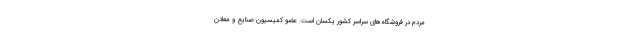
مردم در فروشگاه‌های سراسر کشور یکسان است. عضو کمیسیون صنایع و معادن